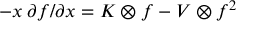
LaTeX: - x \: \partial f / \partial x = K \otimes f - V \otimes f ^ { 2 }